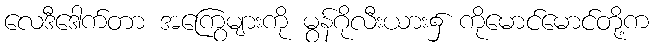
လေဒီဒေါက်တာ အကြွေများကို မွန်ဂိုလီးယား၌ ကိုမောင်မောင်တို့က